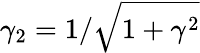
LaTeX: \gamma_{2}=1/\sqrt{1+\gamma^{2}}